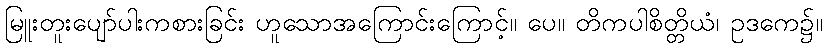
မြူးတူးပျော်ပါးကစားခြင်း ဟူသောအကြောင်းကြောင့်။ ပေ။ တိကပါစိတ္တိယံ၊ ဥဒကေ၌။